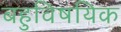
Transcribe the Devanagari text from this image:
बहुविषयिक